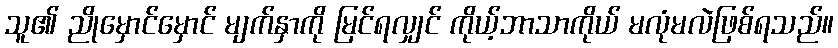
သူ၏ ညိုမှောင်မှောင် မျက်နှာကို မြင်ရလျှင် ကိုယ့်ဘာသာကိုယ် မလုံမလဲဖြစ်ရသည်။